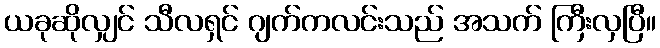
ယခုဆိုလျှင် သီလရှင် ဂျက်ကလင်းသည် အသက် ကြီးလှပြီ။